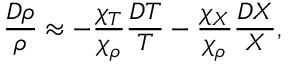
{ \frac { D \rho } { \rho } } \approx - { \frac { \chi _ { T } } { \chi _ { \rho } } } { \frac { D T } { T } } - { \frac { \chi _ { X } } { \chi _ { \rho } } } { \frac { D X } { X } } ,